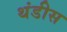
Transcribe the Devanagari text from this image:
थंडीस